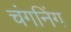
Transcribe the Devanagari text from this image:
चंगनिंग